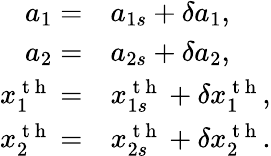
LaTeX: \begin{array}{rl}{a_{1}=}&{{}a_{1s}+\delta a_{1},}\\ {a_{2}=}&{{}a_{2s}+\delta a_{2},}\\ {x_{1}^{\mathrm{~t~h~}}=}&{{}x_{1s}^{\mathrm{~t~h~}}+\delta x_{1}^{\mathrm{~t~h~}},}\\ {x_{2}^{\mathrm{~t~h~}}=}&{{}x_{2s}^{\mathrm{~t~h~}}+\delta x_{2}^{\mathrm{~t~h~}}.}\end{array}